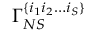
\Gamma _ { N S } ^ { \lbrace i _ { 1 } i _ { 2 } \ldots i _ { S } \rbrace }